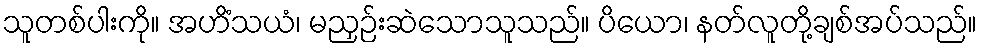
သူတစ်ပါးကို။ အဟိံသယံ၊ မညှဉ်းဆဲသောသူသည်။ ပိယော၊ နတ်လူတို့ချစ်အပ်သည်။